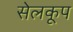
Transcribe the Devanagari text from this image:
सेलकूप